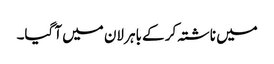
میں ناشتہ کر کے باہر لان میں آ گیا۔